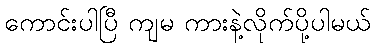
ကောင်းပါပြီ ကျမ ကားနဲ့လိုက်ပို့ပါမယ်